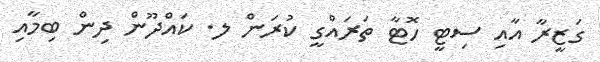
ގަޒީރާ އާއި ސިޓީ ހޮޓާ ތަރައްގީ ކުރަން ލ. ކައްދޫން ދިން ބިމާއި